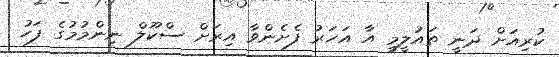
ކުރިއަށް ދަނީ ތައުލީމީ އާ އަހަރު ފެށެންވާ އިރަށް ސްކޫލް ނިންމުމުގެ ފަހު